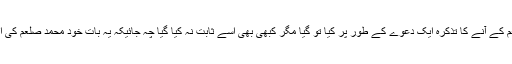
پچھلی کتب میں محمد صلعم کے آنے کا تذکرہ ایک دعوے کے طور پر کیا تو گیا مگر کبھی بھی اسے ثابت نہ کیا گیا چہ جائیکہ یہ بات خود محمد صلعم کی اپنی نبوت کی دلیل بن پاتی۔